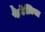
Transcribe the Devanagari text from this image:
फैंटेज़िया